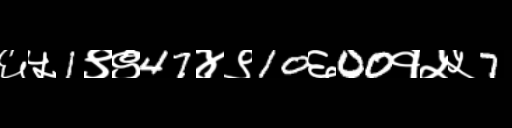
Text: ६५1९९47४९10६00१५५7